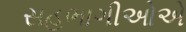
સહભાગીઓએ